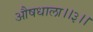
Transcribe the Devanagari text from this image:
औषधाला।।३।।